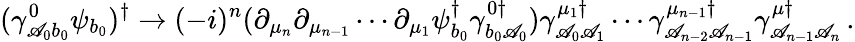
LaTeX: (\gamma_{\mathscr{A}_{0}b_{0}}^{0}\psi_{b_{0}})^{\dagger}\rightarrow(-i)^{n}(\partial_{\mu_{n}}\partial_{\mu_{n-1}}\cdots\partial_{\mu_{1}}\psi_{b_{0}}^{\dagger}\gamma_{b_{0}\mathscr{A}_{0}}^{0\dagger})\gamma_{\mathscr{A}_{0}\mathscr{A}_{1}}^{\mu_{1}\dagger}\cdots\gamma_{\mathscr{A}_{n-2}\mathscr{A}_{n-1}}^{\mu_{n-1}\dagger}\gamma_{\mathscr{A}_{n-1}\mathscr{A}_{n}}^{\mu\dagger}\, .